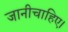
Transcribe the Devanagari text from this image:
जानीचाहिए।